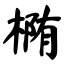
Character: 椭